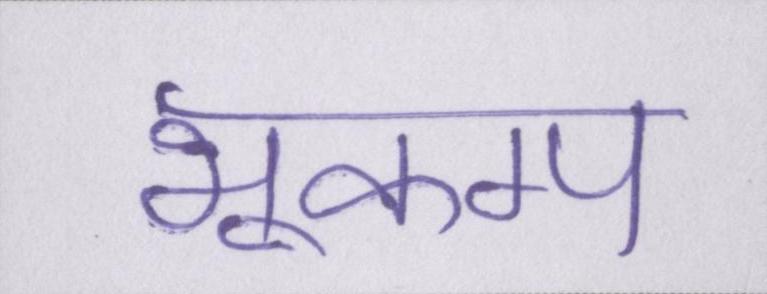
भूकम्प